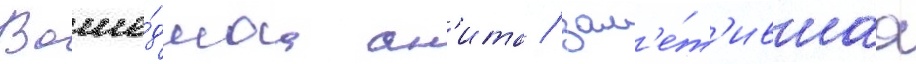
Воше́дшаа ан'ита / зам'е́т'ившаа